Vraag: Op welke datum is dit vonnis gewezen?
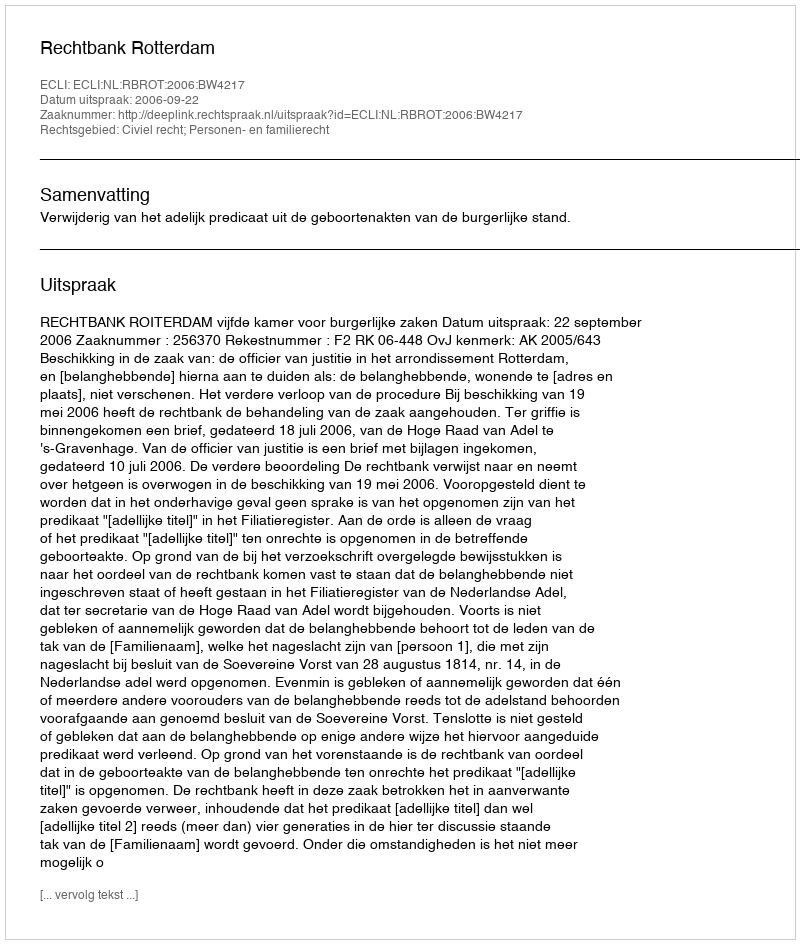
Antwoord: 2006-09-22